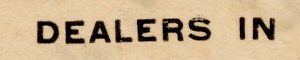
DEALERS IN